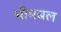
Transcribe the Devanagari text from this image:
भीमबल